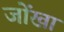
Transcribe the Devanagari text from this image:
जोंखा